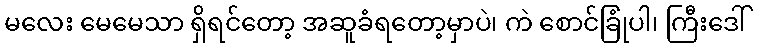
မလေး မေမေသာ ရှိရင်တော့ အဆူခံရတော့မှာပဲ၊ ကဲ စောင်ခြုံပါ၊ ကြီးဒေါ်